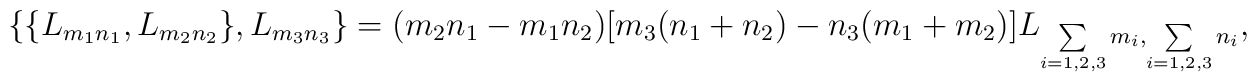
\begin{array}{lcr}\{\{L_{m_1n_1},L_{m_2n_2}\},L_{m_3n_3}\}=(m_2n_1-m_1n_2)[m_3(n_1+n_2)-n_3(m_1+m_2)]L_{\sum\limits_{i=1,2,3}m_i,\sum\limits_{i=1,2,3}n_i},\end{array}